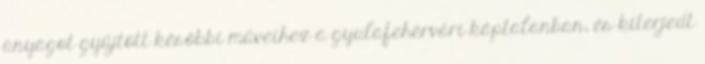
anyagot gyűjtött későbbi műveihez a gyulafehérvári káptalanban, és kiterjedt